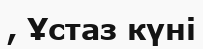
, Ұстаз күні